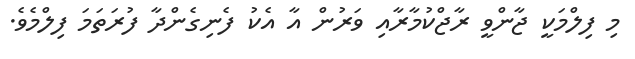
މި ފިލްމަކީ ޖާންވީ ރާޖްކުމާރާއި ވަރުން އާ އެކު ފެނިގެންދާ ފުރަތަމަ ފިލްމެވެ.